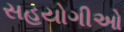
સહયોગીઓ